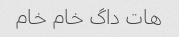
هات داگ خام خام